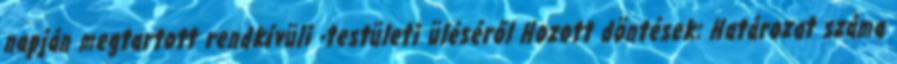
napján megtartott rendkívüli -testületi üléséről Hozott döntések: Határozat száma